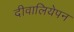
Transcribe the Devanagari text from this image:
दीवालियेपन